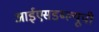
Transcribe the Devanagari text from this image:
आईएसडब्ल्यूपी